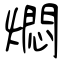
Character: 燜